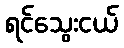
ရင်သွေးငယ်